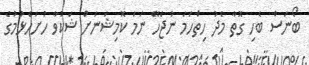
ބޯނަސް ބެހި ގޮތާ މެދު ހިތްހަމަ ނުޖެހޭ ނަމަ ކޮމިޝަނަށް ޝަކުވާ ހުށަހެޅުމުގެ